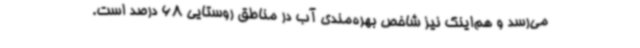
می‌رسد و هم‌اینک نیز شاخص بهره‌مندی آب در مناطق روستایی 68 درصد است.